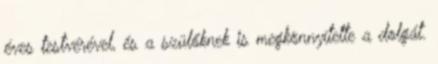
éves testvérével, és a szülőknek is megkönnyítette a dolgát.